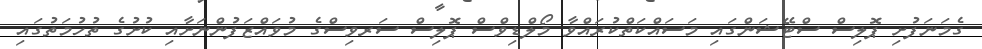
ގެމަނަފުށި ޕޮލިސް ސްޓޭޝަންގައި މަސައްކަތްކުރައްވާ މޯލްޑިވްސް ޕޮލިސް ސަރވިސްގެ މުވައްޒަފުންނަށާއި ކުށުގެ ތުހުމަތުގައި